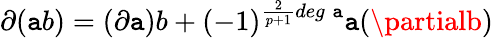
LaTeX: \partial(\mathtt{a}b)=(\partial\mathtt{a})b+(-1)^{\frac{{2}}{{p+1}}deg\; \mathtt{a}}\mathtt{a}(\partialb)